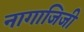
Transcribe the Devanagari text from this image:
नागाजिजी